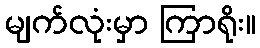
မျက်လုံးမှာ ကြာရိုး။